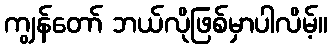
ကျွန်တော် ဘယ်လိုဖြစ်မှာပါလိမ့်။